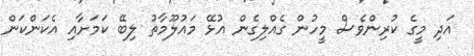
އަދި މީގެ ކުރިންވެސް މީހުން ގެއްލިގެން އުޅޭ މައުލޫމާތު ލިބޭ ކަމަށާއި އެކަންކަން